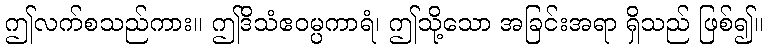
ဤလက်စသည်ကား။ ဤဒိသံဧဝမ္ပကာရံ၊ ဤသို့သော အခြင်းအရာ ရှိသည် ဖြစ်၍။